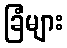
ခြံများ